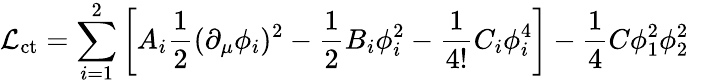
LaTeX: {\cal L}_{\mathrm{ct}}=\sum_{i=1}^{2}\left[A_{i}\frac{1}{2}(\partial_{\mu}\phi_{i})^{2}-\frac{1}{2}B_{i}\phi_{i}^{2}-\frac{1}{4!}C_{i}\phi_{i}^{4}\right]-\frac{1}{4}C\phi_{1}^{2}\phi_{2}^{2}\; \;